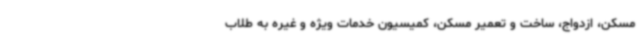
مسکن، ازدواج، ساخت و تعمیر مسکن، کمیسیون خدمات ویژه و غیره به طلاب